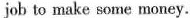
job to make some money.